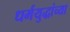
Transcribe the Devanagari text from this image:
धर्मयुद्धांच्या